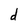
Character: d